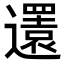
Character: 𨘣